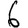
Digit: 6